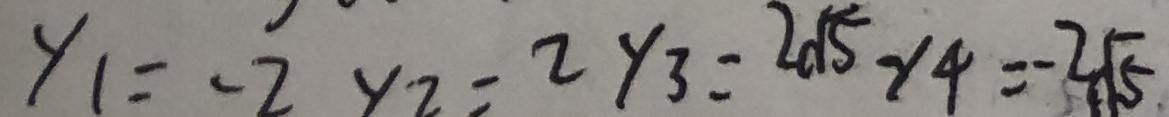
y _ { 1 } = - 2 y _ { 2 } = 2 y _ { 3 } = 2 \sqrt { 5 } y _ { 4 } = - 2 \sqrt { 5 }